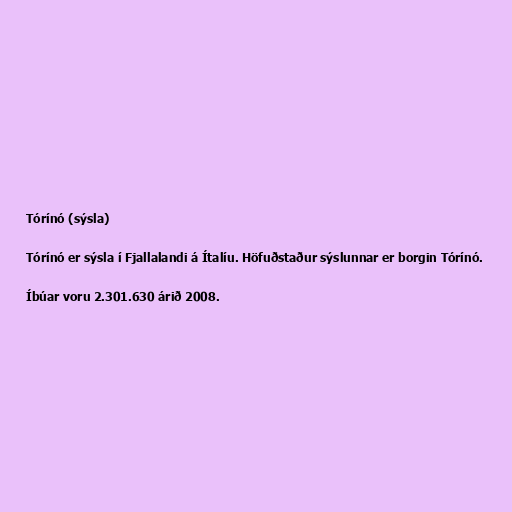
Tórínó (sýsla)

Tórínó er sýsla í Fjallalandi á Ítalíu. Höfuðstaður sýslunnar er borgin Tórínó.

Íbúar voru 2.301.630 árið 2008.